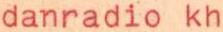
danradio kh